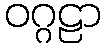
ဝဂ္ဂဠာ